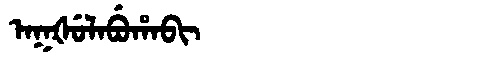
Manchu: ᠠᡴᡧᡠᠯᠠᠪᡠᡥᠠᠪᡳ
Romanization: AKŠULABUHABI